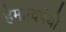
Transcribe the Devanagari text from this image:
हेमान्दपंथी